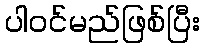
ပါဝင်မည်ဖြစ်ပြီး